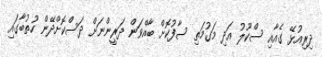
ދިރިއުޅޭ ގެއާއި ސްކޫލު އަދި މަގުމަތި ސާފުކޮށް ބާއްވަން ދަރީންނަށް ދަސްކޮށްދޭން ހުތުބާގައި